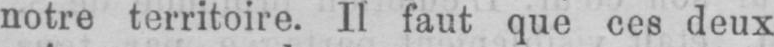
notre territoire. Il faut que ces deux